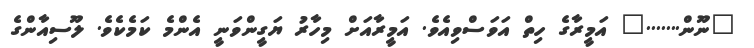
"ނޫން......." އަމީރާގެ ހިތް އަވަސްވިއެވެ. އަމީރާއަށް މިހާރު ޔަގީންވަނީ އެންމެ ކަމެކެވެ. ލޫސިއާންގެ